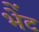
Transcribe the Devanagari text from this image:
भेेंट